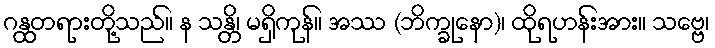
ဂန္ထတရားတို့သည်။ န သန္တိ၊ မရှိကုန်။ အဿ (ဘိက္ခုနော)၊ ထိုရဟန်းအား။ သဗ္ဗေ၊